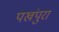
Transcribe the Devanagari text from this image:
पखंपुरा